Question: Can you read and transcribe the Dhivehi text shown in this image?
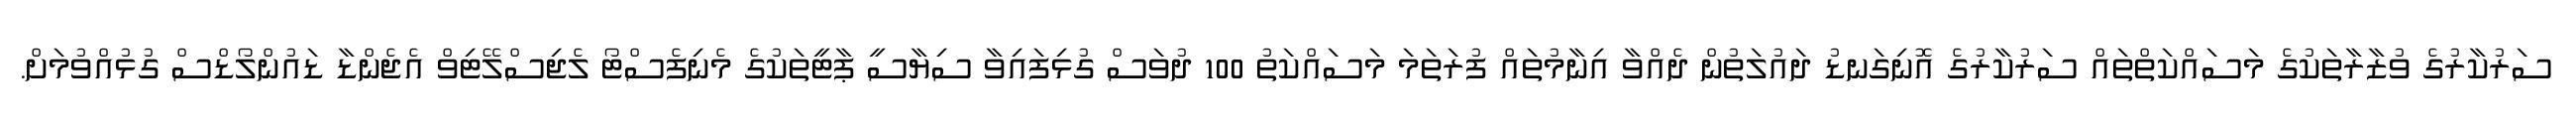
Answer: ސަރުކާރުގެ ވުޒާރާތަކުގެ މަސައްކަތްތައް ސަރުކާރުގެ އޮނިގަނޑު ދައުލަތުން ދެއްވާ އިނާމުތައް ފުރަތަމަ މަސައްކަތު 100 ދުވަސް ގުޅިފައިވާ ސިޔާސީ ޕާޓީތަކުގެ މެނިފެސްޓޯ ލެޖިސްލޭޓިވް އެޖެންޑާ ޑައުންލޯޑްސް ގުޅުއްވުމަށް.